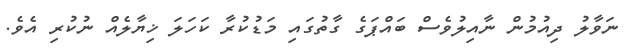
ނަވާލު ދިއުމުން ނާއިލުވެސް ބައްޕަގެ ގާތުގައި މަޑުކުރާ ކަހަލަ ޚިޔާލެއް ނުކުރި އެވެ.